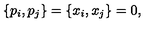
\{ p _ { i } , p _ { j } \} = \{ x _ { i } , x _ { j } \} = 0 , \mathrm { }